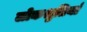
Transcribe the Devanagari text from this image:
लोकश्रुतियां